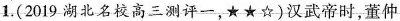
1. (2019湖北名校高三测评一，★★☆)汉武帝时，董仲